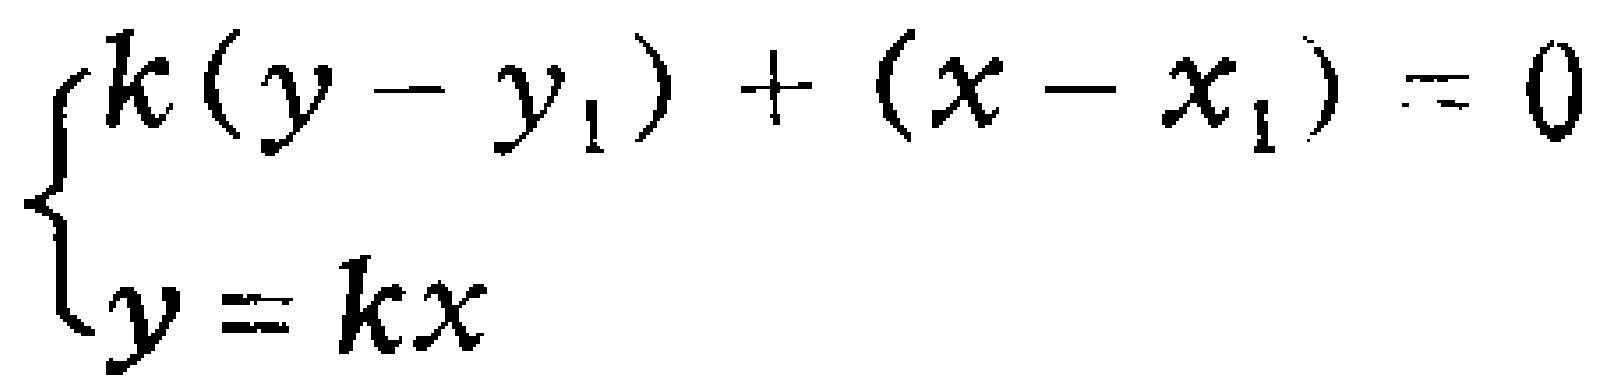
\[

\begin{cases}

k(y - y_1)+(x - x_1)=0\\

y = kx

\end{cases}

\]